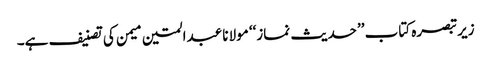
زیرتبصرہ کتاب ’’حدیث نماز‘‘ مولانا عبدالمتین میمن کی تصنیف ہے۔